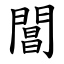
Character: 閶